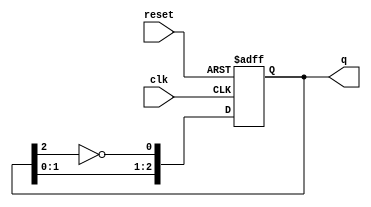
module JohnsonCounter (
    input wire clk,        // Clock input
    input wire reset,      // Asynchronous reset
    output reg [2:0] q     // 3-bit output
);

// State transition logic
always @(posedge clk or posedge reset) begin
    if (reset) begin
        q <= 3'b000;      // Reset the counter to 000
    end else begin
        // Johnson counter logic
        q[0] <= ~q[2];    // Invert the last flip-flop output and feed to first
        q[1] <= q[0];     // Shift the state
        q[2] <= q[1];     // Shift the state
    end
end

endmodule